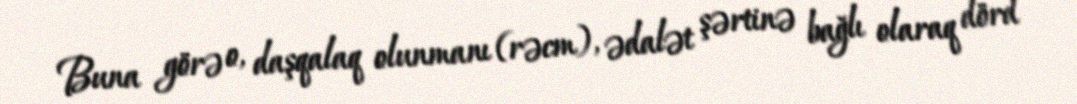
Buna görə o, daşqalaq olunmanı (rəcm), ədalət şərtinə bağlı olaraq dörd